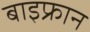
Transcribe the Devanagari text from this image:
बाइफ्रान